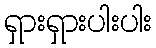
ရှားရှားပါးပါး